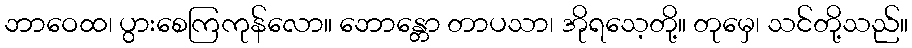
ဘာဝေထ၊ ပွားစေကြကုန်လော။ ဘောန္တော တာပသာ၊ အိုရသေ့တို့။ တုမှေ၊ သင်တို့သည်။